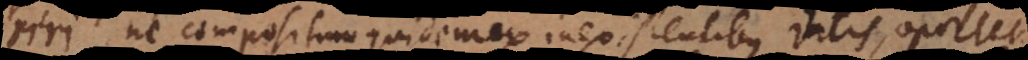
riri, ne compositum quidem ex inexistentibus datis, oportet